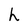
Character: h